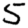
Digit: 5